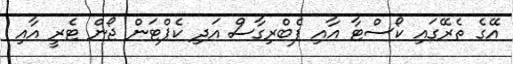
އޭގެ ތެރޭގައި ކޯސްޓާ އާއި ފެބްރިގާސް އަދި ކެޕްޓަން ޖޯން ޓެރީ އާއި